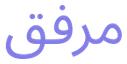
مرفق